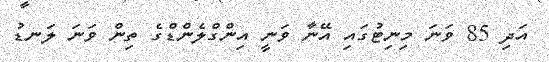
އަދި 85 ވަނަ މިނިޓުގައި އޭނާ ވަނީ އިންގްލެންޑްގެ ތިން ވަނަ ލަނޑު